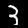
Digit: 3